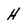
Character: H